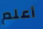
أعلم